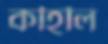
কহিলি